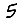
Digit: 5